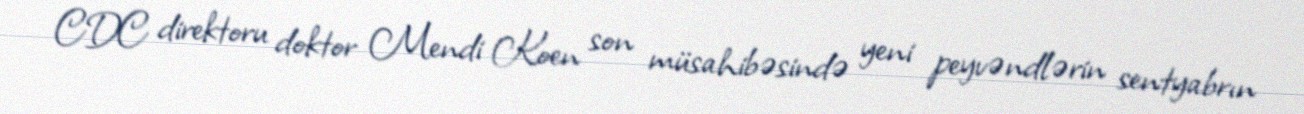
CDC direktoru doktor Mendi Koen son müsahibəsində yeni peyvəndlərin sentyabrın